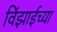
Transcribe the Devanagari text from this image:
विंझाईच्या